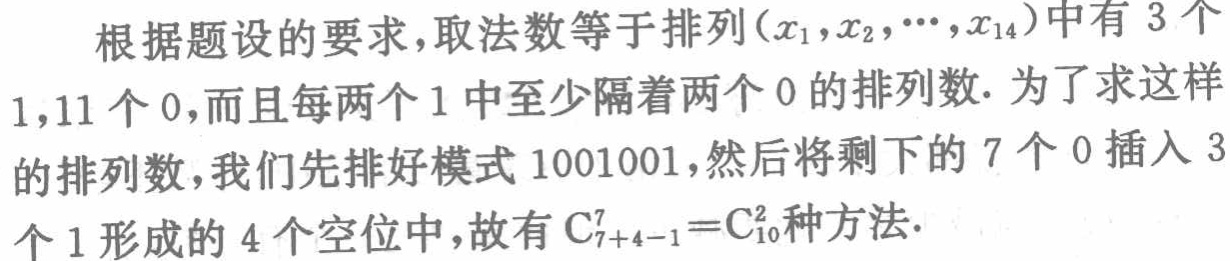
根据题设的要求，取法数等于排列\((x_1,x_2,\cdots,x_{14})\)中有\(3\)个\(1\)，\(11\)个\(0\)，而且每两个\(1\)中至少隔着两个\(0\)的排列数. 为了求这样的排列数，我们先排好模式\(1001001\)，然后将剩下的\(7\)个\(0\)插入\(3\)个\(1\)形成的\(4\)个空位中，故有\(C_{7 + 4 - 1}^7 = C_{10}^2\)种方法.